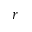
r